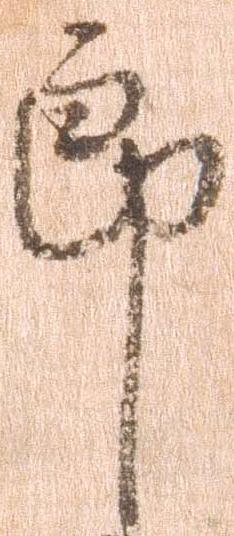
郎